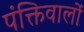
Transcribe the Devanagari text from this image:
पंक्तिवालों